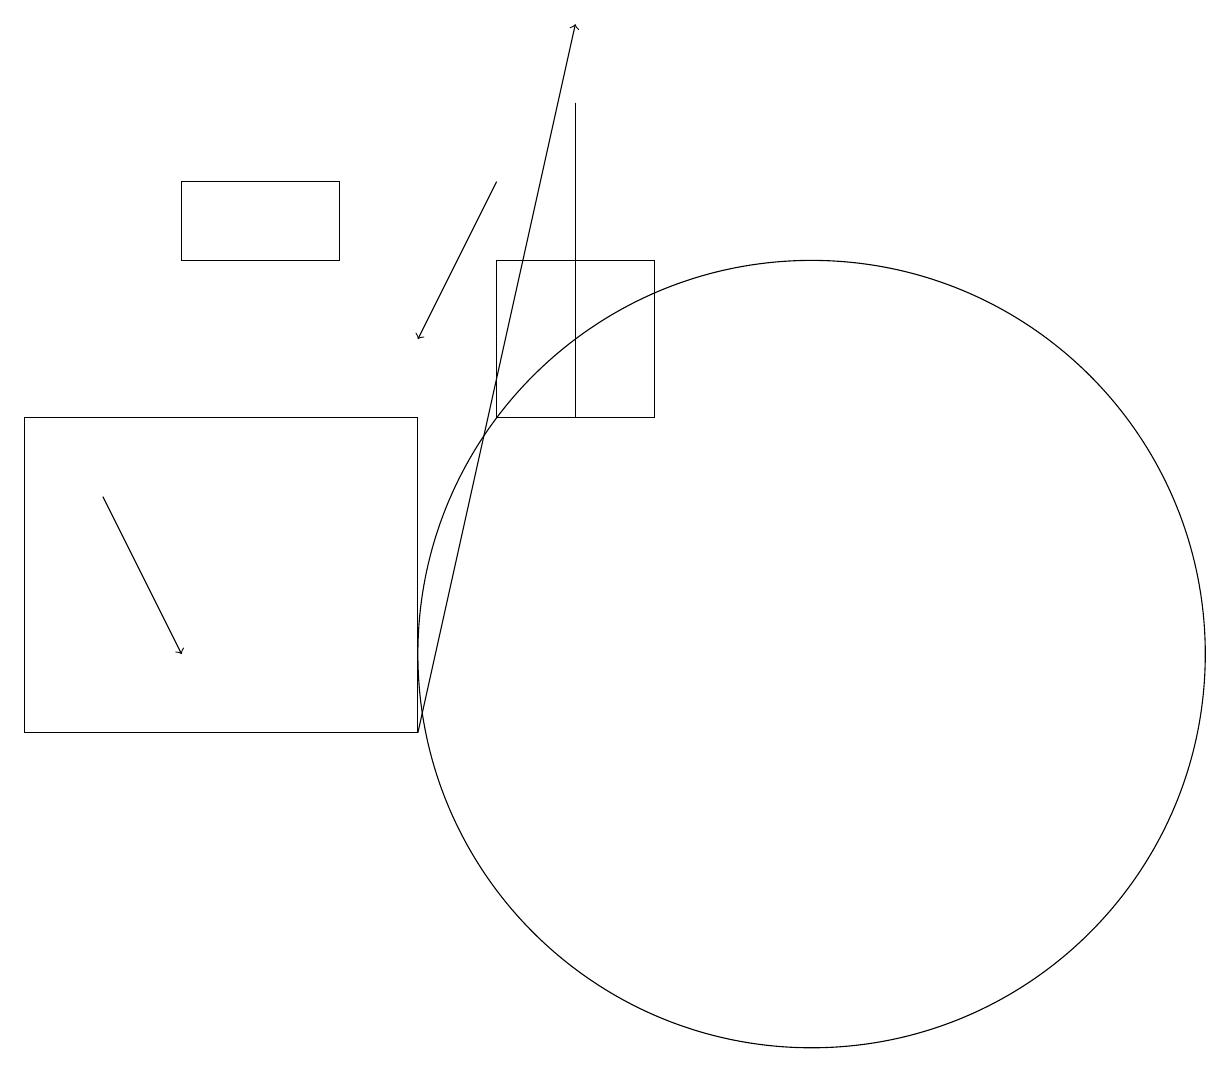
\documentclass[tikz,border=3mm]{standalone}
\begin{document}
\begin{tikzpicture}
\draw (7,18) rectangle (7,14);
\draw[->] (1,13) -- (2,11);
\draw (4,16) rectangle (2,17);
\draw (6,16) rectangle (8,14);
\draw[->] (5,10) -- (7,19);
\draw (10,11) circle (5);
\draw[->] (6,17) -- (5,15);
\draw (0,10) rectangle (5,14);
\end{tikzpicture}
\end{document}